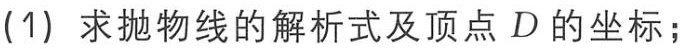
(1) 求抛物线的解析式及顶点 \(D\) 的坐标；